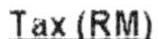
TAX (RM)